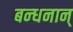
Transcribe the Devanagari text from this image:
बन्‍धनान्